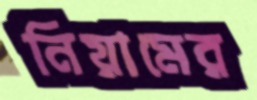
নিয়ামের